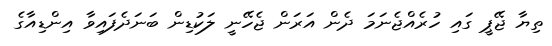
ތިޔާ ޖޭޕީ ގައި ހުރެއްޖެނަމަ ދެން އަރަން ޖެހޭނީ ލަކުޑިން ބަނަދެފައިވާ އިންޑިއާގެ